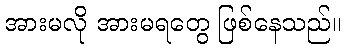
အားမလို အားမရတွေ ဖြစ်နေသည်။